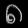
Digit: ၈